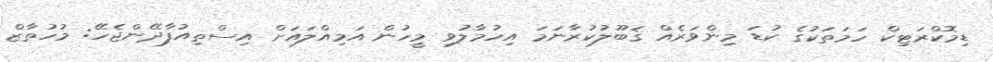
ޑިމޮކްރަޓިކް ހަމަތަކުގެ ކުޑަ މިންވަރެއް ޤަބޫލުކުރާނަމަ އިހުމާލުވި މީހުން އަމިއްލައަށް އިސްތިއުފާދޭންޖެހޭ: މުހުތާޒް